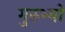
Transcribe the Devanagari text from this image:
गुरुभ्यो